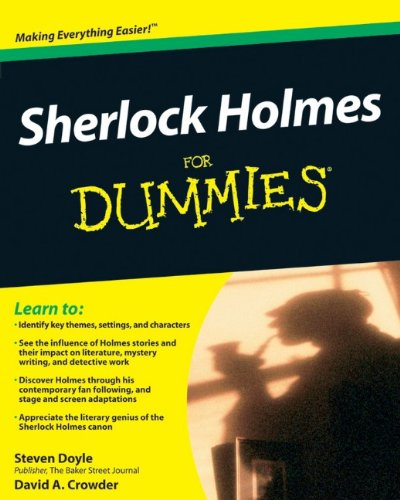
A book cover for Sherlock Holmes For Dummies; Steven Doyle; Mystery, Thriller & Suspense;